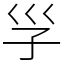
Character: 㜽